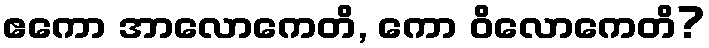
ဧကော အာလောကေတိ, ကော ဝိလောကေတိ?